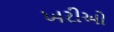
ખરીઓ